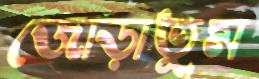
জোড়াতুম